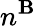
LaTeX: n^{\mathbf{B}}